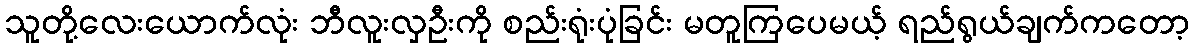
သူတို့လေးယောက်လုံး ဘီလူးလှဦးကို စည်းရုံးပုံခြင်း မတူကြပေမယ့် ရည်ရွယ်ချက်ကတော့